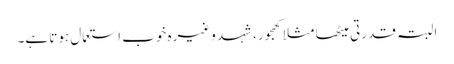
البتہ قدرتی میٹھا مثلا کھجور، شہد وغیرہ خوب استعمال ہوتا ہے۔